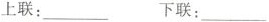
上联：___ 下联：___